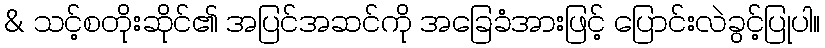
& သင့်စတိုးဆိုင်၏ အပြင်အဆင်ကို အခြေခံအားဖြင့် ပြောင်းလဲခွင့်ပြုပါ။